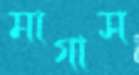
মাগাস